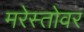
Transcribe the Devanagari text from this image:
मरेस्तोवर